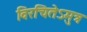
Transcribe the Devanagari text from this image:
विरचितेऽमुत्र